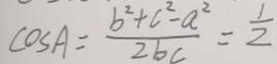
\cos A = \frac { b ^ { 2 } + c ^ { 2 } - a ^ { 2 } } { 2 b c } = \frac { 1 } { 2 }